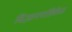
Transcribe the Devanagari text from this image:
विज्ञानपत्रिकेत